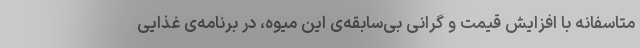
متاسفانه با افزایش قیمت و گرانی بی‌سابقه‌ی این میوه، در برنامه‌ی غذایی